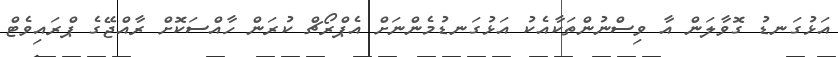
އަޅުގަނޑު ގޮވާލަން އާ ވިސްނުންތަކާއެކު އަޅުގަނޑުމެންނަށް އެޕްރޯޗް ކުރަން ހާއްސަކޮށް ރާއްޖޭގެ ޕްރައިވެޓް